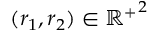
( r _ { 1 } , r _ { 2 } ) \in { \mathbb { R } ^ { + } } ^ { 2 }